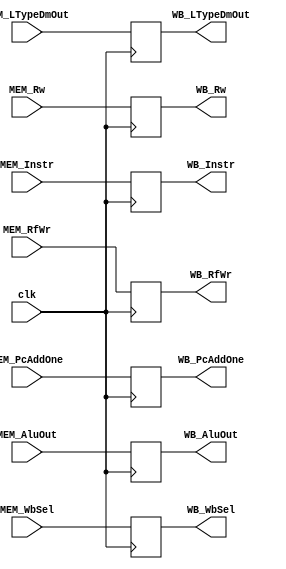
module PIPE_4_MEM_WB_REG (
    // input [31:0] MEM_DmResult,
    input [31:0] MEM_AluOut,
    input [31:0] MEM_LTypeDmOut,
    input [31:2] MEM_PcAddOne,
    input [1:0]  MEM_WbSel,
    input [4:0]  MEM_Rw,
    input [31:0] MEM_Instr,
    // input [2:0]  MEM_LTypeExtOp,
    // input MEM_LTypeSel,
    input MEM_RfWr,
    input clk,

    // output [31:0] WB_DmResult,
    output [31:0] WB_AluOut,
    output [31:0] WB_LTypeDmOut,
    output [31:2] WB_PcAddOne,
    output [1:0]  WB_WbSel,
    output [4:0]  WB_Rw,
    output [31:0] WB_Instr,
    // output [2:0]  WB_LTypeExtOp,
    // output WB_LTypeSel,
    output WB_RfWr // 
);
    // reg [31:0] WB_DmResult_r;
    reg [31:0] WB_AluOut_r;
    reg [31:0] WB_LTypeDmOut_r;
    reg [31:2] WB_PcAddOne_r;
    reg [1:0]  WB_WbSel_r;
    reg [4:0]  WB_Rw_r;
    reg [31:0] WB_Instr_r;
    // reg [2:0]  WB_LTypeExtOp_r;
    // reg WB_LTypeSel_r;
    reg WB_RfWr_r;  

    always @(posedge clk) begin
        // WB_DmResult_r   <=  MEM_DmResult;      
        WB_AluOut_r     <=  MEM_AluOut;  
        WB_LTypeDmOut_r <= MEM_LTypeDmOut;
        WB_PcAddOne_r   <=  MEM_PcAddOne;      
        WB_WbSel_r      <=  MEM_WbSel;   
        WB_Rw_r         <=  MEM_Rw;
        WB_Instr_r      <=  MEM_Instr;
        WB_RfWr_r       <=  MEM_RfWr;
        // WB_LTypeExtOp_r <=  MEM_LTypeExtOp;
        // WB_LTypeSel_r   <=  MEM_LTypeSel;
    end    
    // assign WB_DmResult   = WB_DmResult_r;
    assign WB_AluOut     = WB_AluOut_r;
    assign WB_LTypeDmOut = WB_LTypeDmOut_r;
    assign WB_PcAddOne   = WB_PcAddOne_r;
    assign WB_WbSel      = WB_WbSel_r;
    assign WB_Rw         = WB_Rw_r;
    assign WB_Instr      = WB_Instr_r;
    assign WB_RfWr       = WB_RfWr_r;
    // assign WB_LTypeExtOp = WB_LTypeExtOp_r;
    // assign WB_LTypeSel   = WB_LTypeSel_r; 

endmodule